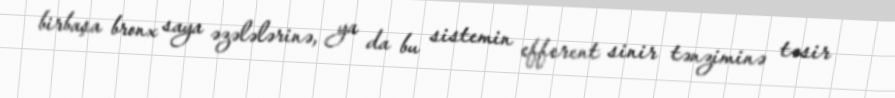
birbaşa bronx saya əzələlərinə, ya da bu sistemin efferent sinir tənziminə təsir